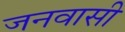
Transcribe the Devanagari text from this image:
जनवासी